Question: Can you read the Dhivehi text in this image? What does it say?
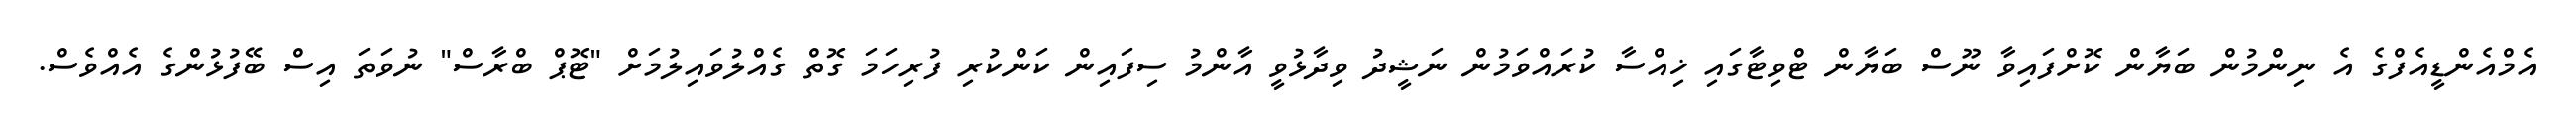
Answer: އެމްއެންޑީއެފްގެ އެ ނިންމުން ބަޔާން ކޮށްފައިވާ ނޫސް ބަޔާން ޓްވިޓާގައި ޚިއްސާ ކުރައްވަމުން ނަޝީދު ވިދާޅުވީ އާންމު ސިފައިން ކަންކުރި ފުރިހަމަ ގޮތް ގެއްލުވައިލުމަށް "ޓޮޕް ބްރާސް" ނުވަތަ އިސް ބޭފުޅުންގެ އެއްވެސް.